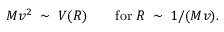
M v ^ { 2 } \; \sim \; V ( R ) \qquad \mathrm { f o r } \; R \; \sim \; 1 / ( M v ) .